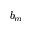
b _ { m }